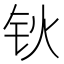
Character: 钬